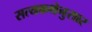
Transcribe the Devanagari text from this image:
सत्यकथेनुसार